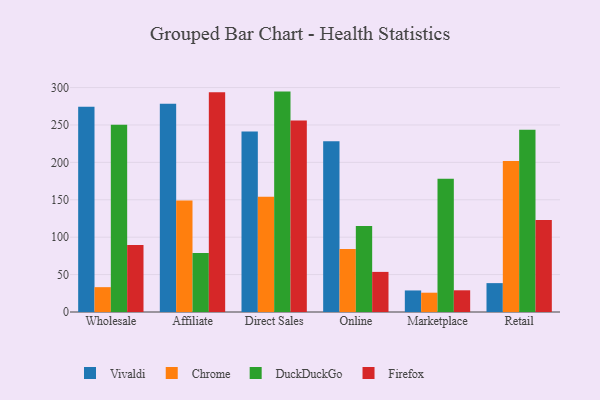
{"axis": {"x": "Channel", "y": "Temperature (°C)"}, "legend": ["Chrome", "DuckDuckGo", "Firefox", "Vivaldi"], "data": [{"x": "Wholesale", "y": 274.5, "type": "Vivaldi"}, {"x": "Wholesale", "y": 33.2, "type": "Chrome"}, {"x": "Wholesale", "y": 250.4, "type": "DuckDuckGo"}, {"x": "Wholesale", "y": 89.5, "type": "Firefox"}, {"x": "Affiliate", "y": 278.2, "type": "Vivaldi"}, {"x": "Affiliate", "y": 149.0, "type": "Chrome"}, {"x": "Affiliate", "y": 78.9, "type": "DuckDuckGo"}, {"x": "Affiliate", "y": 293.7, "type": "Firefox"}, {"x": "Direct Sales", "y": 241.3, "type": "Vivaldi"}, {"x": "Direct Sales", "y": 154.1, "type": "Chrome"}, {"x": "Direct Sales", "y": 294.6, "type": "DuckDuckGo"}, {"x": "Direct Sales", "y": 255.9, "type": "Firefox"}, {"x": "Online", "y": 228.1, "type": "Vivaldi"}, {"x": "Online", "y": 84.1, "type": "Chrome"}, {"x": "Online", "y": 115.0, "type": "DuckDuckGo"}, {"x": "Online", "y": 53.6, "type": "Firefox"}, {"x": "Marketplace", "y": 28.8, "type": "Vivaldi"}, {"x": "Marketplace", "y": 25.8, "type": "Chrome"}, {"x": "Marketplace", "y": 178.0, "type": "DuckDuckGo"}, {"x": "Marketplace", "y": 29.0, "type": "Firefox"}, {"x": "Retail", "y": 38.6, "type": "Vivaldi"}, {"x": "Retail", "y": 201.7, "type": "Chrome"}, {"x": "Retail", "y": 243.7, "type": "DuckDuckGo"}, {"x": "Retail", "y": 123.0, "type": "Firefox"}]}